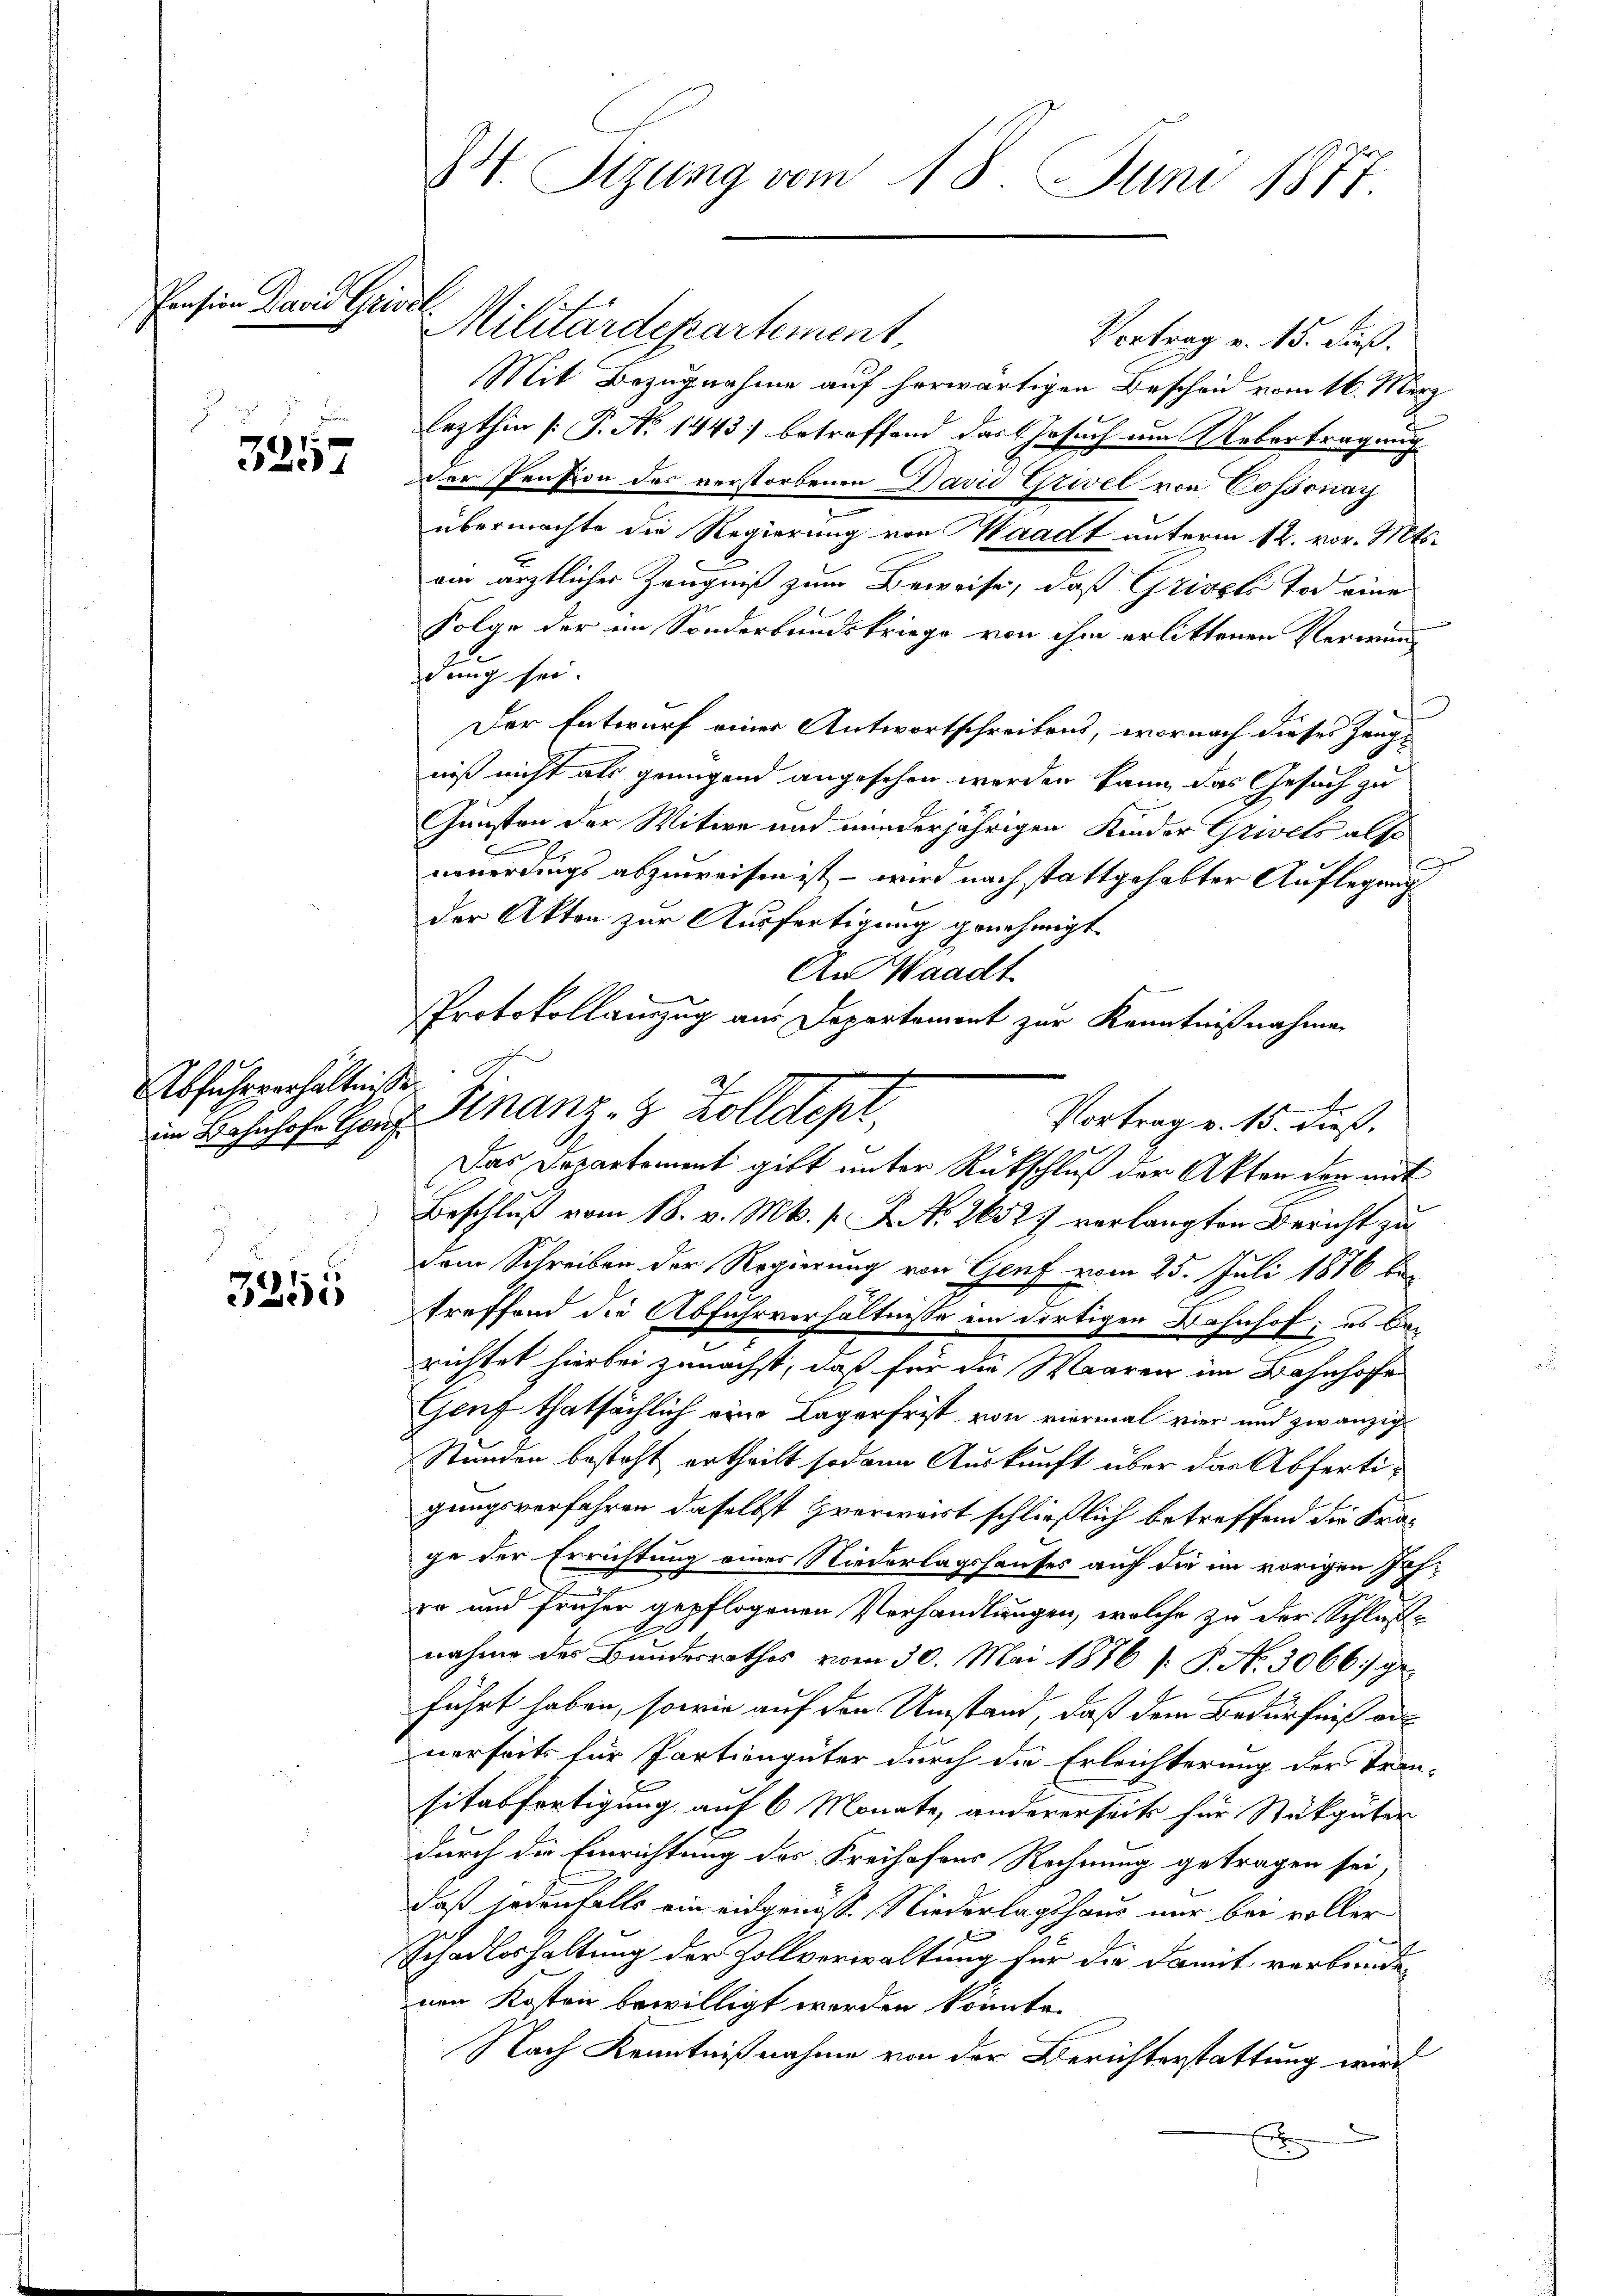
Pension David Griedl.

.
3257

Abfuhrverhältnisse
8

3255

74. Stzung vom 18. Juni 1877.

2.

Militärdepartement,
Vortrag v. 15. dieß.
Mit Bezugnahme auf herwärtigen Beschon vom 16. März
lezthin [P. No 1443) betreffend das Gesuch um Uebertragung
der Pension des verstorbenen David Griel von Cossonay
e
übermachte die Regierung von Waadt unterm 12. vor. Mts.
am ärztlicher Zeugniß zum Beweise, daß Grisses Tod eine
Folge der im Sonderbundskriege von ihm erlittenen Verwunddung sei.
Der Entwurf einer Antwortschreibens, wornach dieses Zeugniß nicht als genügend angesehen werden kann, das Gesuch zu
Gunsten der Witwe und minderjährigen Kinder Grivets also
neuerdings abzuweisen ist, – wird nach stattgehabter Auflegung
der Akten zur Ausfertigung genehmigt.
An Waadt
Protokollauszug aus Departement zur Kenntnißnahmen
Vortrag v. 15. dieß.
Das Departement gibt unter Rückschluß der Akten den mit
Beschluß vom 18. v. Mts. s. f. No. 26527 verlangten Bericht zu
dem Schreiben der Regierung von Genf vom 25. Juli 1876 be-
treffend die Abfuhrverhältnisse ein dortigen Bahnhof, es berichtet hierbei zunächst, daß für die Waaren im Bahnhofe
Genf thatsächlich eine Lagerfrist von viermal vier und zwanzig
Standen besteht ertheilt sodann Auskunft über das Abfertigungsverfahren daselbst verwart schließlich betreffend die Frage der Errichtung eines Niederlagshauses auf die im vorigen Ich.
er und früher gepflogenen Verhandlungen, welche zu der Schlußnahme des Bundesrathes vom 30. Mai 1876 [ P. Nr. 3066] geführt haben, sowie auf den Umstand, daß dem Bedürfniß au
nerseits für Partiengüter durch die Erleichterung der Tran-
sitatfertigung auf 6 Monate, andererseits für Stükgüter
durch die Einrichtung des Freihafens Rechnung getragen sei,
daß jedenfalls ein eidgenoss. Niederlagshaus nur bei voller
Schadloshaltung der Zollverwaltung für die damit verbundenen Kosten bewilligt werden könnte.
Nach Kenntnißnahme von der Berichterstattung wird
E

in Bahnhof. Haus Kranz- 8 Zolldepr

2

r